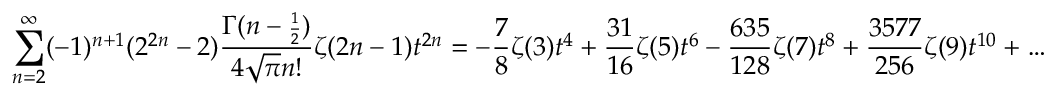
\sum _ { n = 2 } ^ { \infty } ( - 1 ) ^ { n + 1 } ( 2 ^ { 2 n } - 2 ) { \frac { \Gamma ( n - { \scriptstyle { \frac { 1 } { 2 } } } ) } { 4 \sqrt { \pi } n ! } } \zeta ( 2 n - 1 ) t ^ { 2 n } = - { \frac { 7 } { 8 } } \zeta ( 3 ) t ^ { 4 } + { \frac { 3 1 } { 1 6 } } \zeta ( 5 ) t ^ { 6 } - { \frac { 6 3 5 } { 1 2 8 } } \zeta ( 7 ) t ^ { 8 } + { \frac { 3 5 7 7 } { 2 5 6 } } \zeta ( 9 ) t ^ { 1 0 } + \ldots